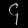
Digit: ၄